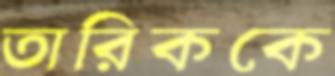
তারিককে